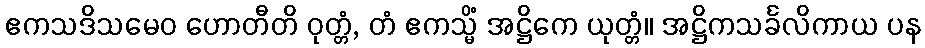
ဧကသဒိသမေဝ ဟောတီတိ ဝုတ္တံ, တံ ဧကသ္မိံ အဋ္ဌိကေ ယုတ္တံ။ အဋ္ဌိကသင်္ခလိကာယ ပန